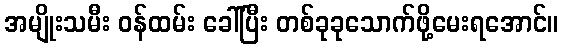
အမျိုးသမီး ဝန်ထမ်း ခေါ်ပြီး တစ်ခုခုသောက်ဖို့မေးရအောင်။